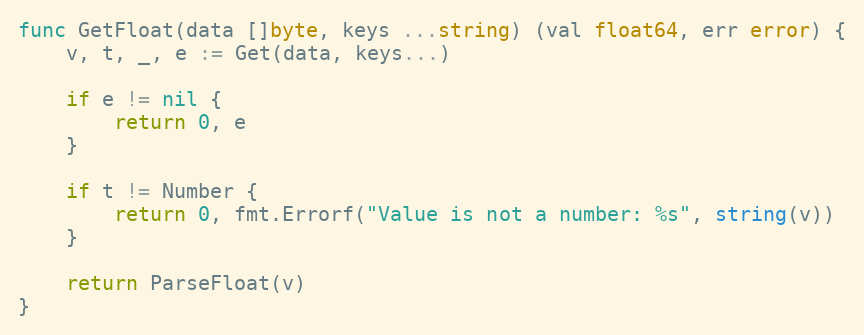
Language: Go
func GetFloat(data []byte, keys ...string) (val float64, err error) {
	v, t, _, e := Get(data, keys...)

	if e != nil {
		return 0, e
	}

	if t != Number {
		return 0, fmt.Errorf("Value is not a number: %s", string(v))
	}

	return ParseFloat(v)
}